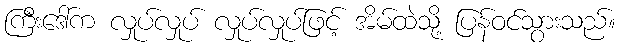
ကြီးဒေါ်က လှုပ်လှုပ် လှုပ်လှုပ်ဖြင့် အိမ်ထဲသို့ ပြန်ဝင်သွားသည်။